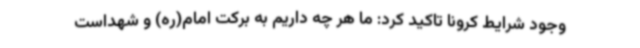
وجود شرایط کرونا تاکید کرد: ما هر چه داریم به برکت امام(ره) و شهداست